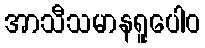
အာသီသမာနရူပေါဝ